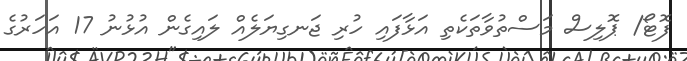
ފޮޓޯ/ ޕޮލިސް މަސްތުވާތަކެތި އަޅާފައި ހުރި ޖަނގިޔަލެއް ލައިގެން އުޅުނު 17 އަހަރުގެ